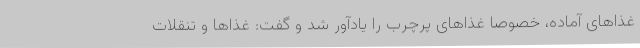
غذاهای آماده، خصوصا غذاهای پرچرب را یادآور شد و گفت: غذاها و تنقلات